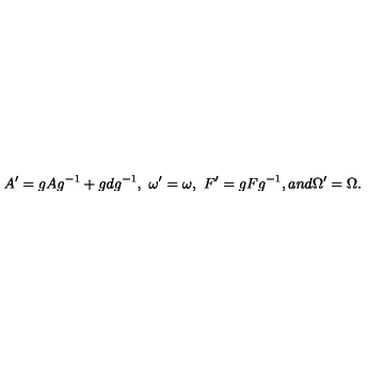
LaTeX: A ^ { \prime } = g A g ^ { - 1 } + g d g ^ { - 1 } , \ \omega ^ { \prime } = \omega , \ F ^ { \prime } = g F g ^ { - 1 } , a n d \Omega ^ { \prime } = \Omega .